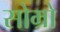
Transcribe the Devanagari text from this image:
सोम्रो